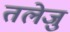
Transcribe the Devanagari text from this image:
तलेजु